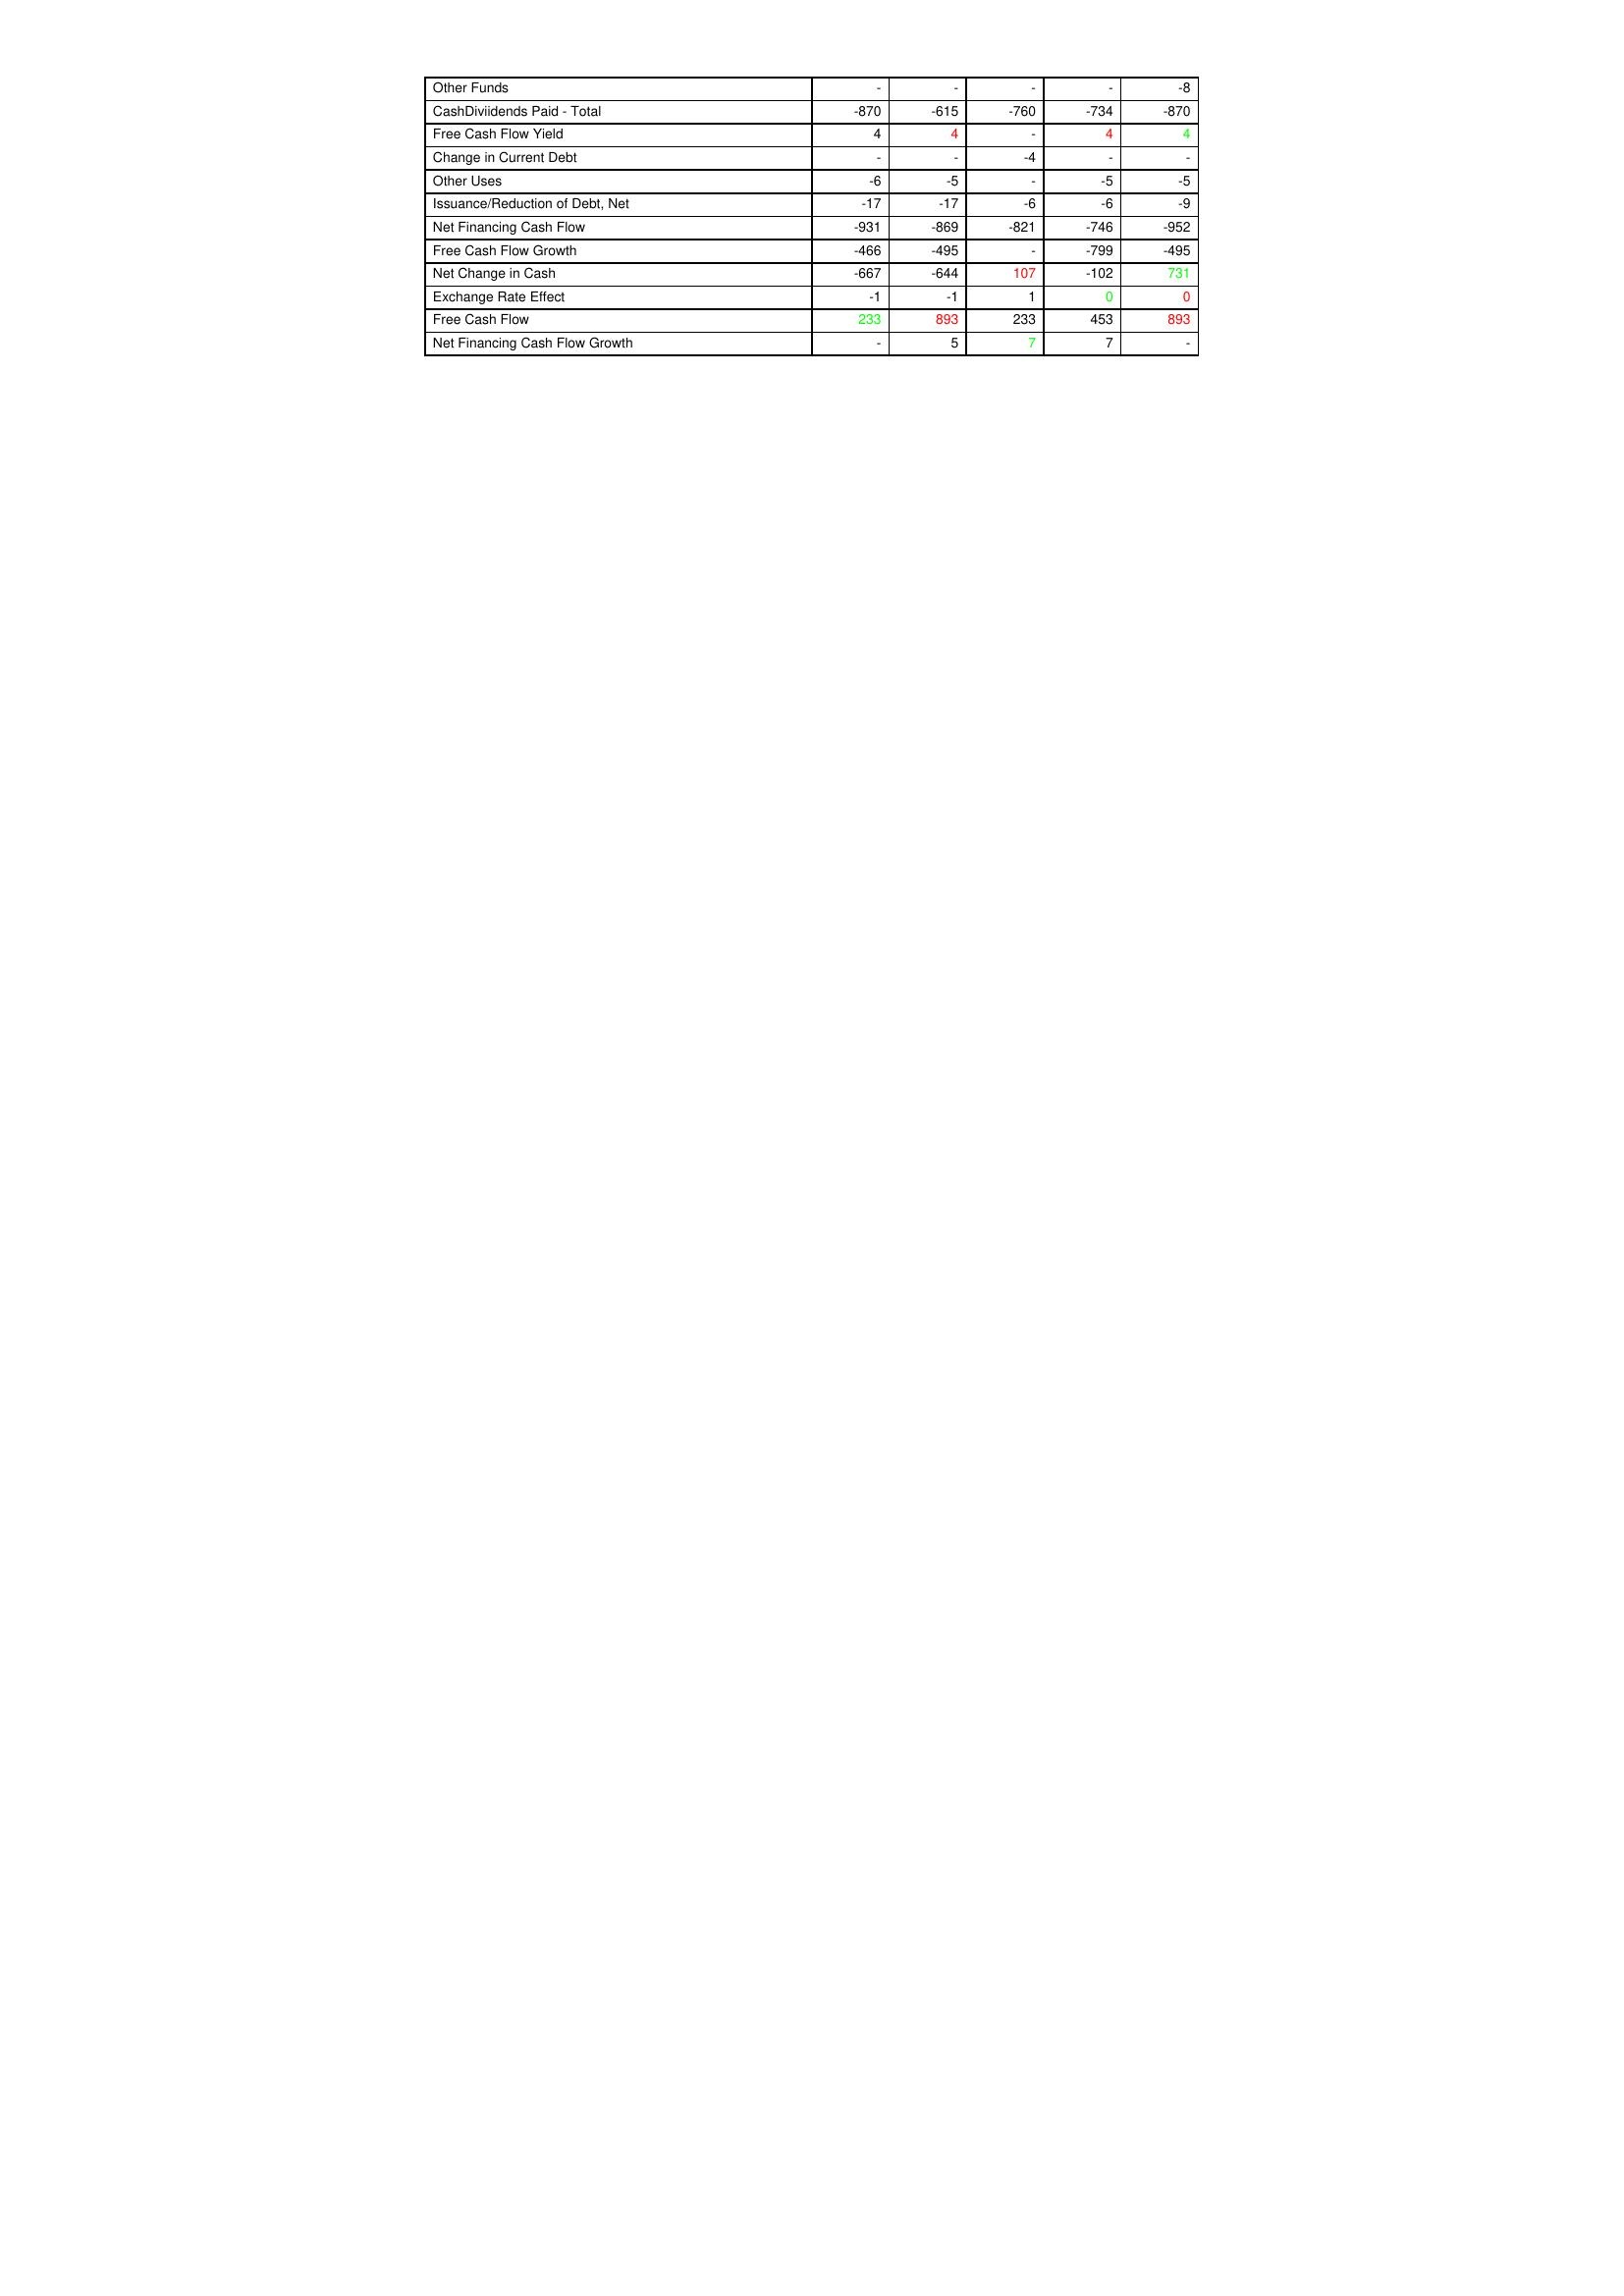
gt_parse: 2003: Financing Activities: Other Funds: -
CashDiviidends Paid - Total: -870
Free Cash Flow Yield: 4
Change in Current Debt: -
Other Uses: -6
Issuance/Reduction of Debt, Net: -17
Net Financing Cash Flow: -931
Free Cash Flow Growth: -466
Net Change in Cash: -667
Exchange Rate Effect: -1
Free Cash Flow: 233
Net Financing Cash Flow Growth: -
2004: Financing Activities: Other Funds: -
CashDiviidends Paid - Total: -615
Free Cash Flow Yield: 4
Change in Current Debt: -
Other Uses: -5
Issuance/Reduction of Debt, Net: -17
Net Financing Cash Flow: -869
Free Cash Flow Growth: -495
Net Change in Cash: -644
Exchange Rate Effect: -1
Free Cash Flow: 893
Net Financing Cash Flow Growth: 5
2005: Financing Activities: Other Funds: -
CashDiviidends Paid - Total: -760
Free Cash Flow Yield: -
Change in Current Debt: -4
Other Uses: -
Issuance/Reduction of Debt, Net: -6
Net Financing Cash Flow: -821
Free Cash Flow Growth: -
Net Change in Cash: 107
Exchange Rate Effect: 1
Free Cash Flow: 233
Net Financing Cash Flow Growth: 7
2006: Financing Activities: Other Funds: -
CashDiviidends Paid - Total: -734
Free Cash Flow Yield: 4
Change in Current Debt: -
Other Uses: -5
Issuance/Reduction of Debt, Net: -6
Net Financing Cash Flow: -746
Free Cash Flow Growth: -799
Net Change in Cash: -102
Exchange Rate Effect: 0
Free Cash Flow: 453
Net Financing Cash Flow Growth: 7
2007: Financing Activities: Other Funds: -8
CashDiviidends Paid - Total: -870
Free Cash Flow Yield: 4
Change in Current Debt: -
Other Uses: -5
Issuance/Reduction of Debt, Net: -9
Net Financing Cash Flow: -952
Free Cash Flow Growth: -495
Net Change in Cash: 731
Exchange Rate Effect: 0
Free Cash Flow: 893
Net Financing Cash Flow Growth: -